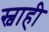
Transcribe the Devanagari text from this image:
स्वाही